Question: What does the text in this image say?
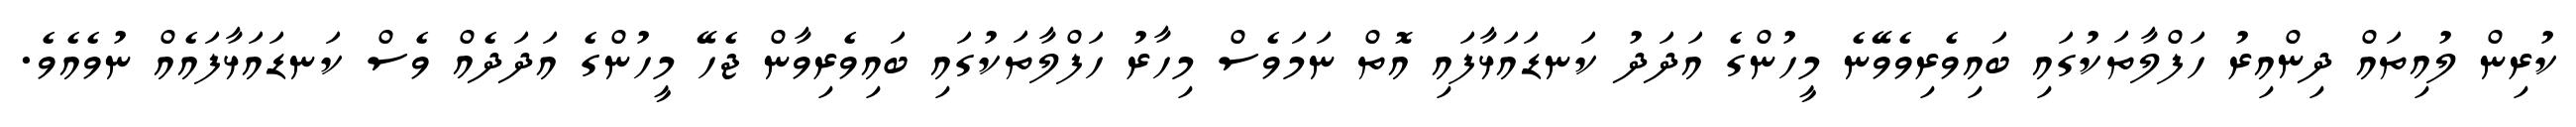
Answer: ކުރިން ލުއިތައް ދިންއިރު ހަފްލާތަކުގައި ބައިވެރިވެވޭނެ މީހުންގެ އަދަދު ކަނޑައަޅާފައި އޮތް ނަމަވެސް މިހާރު ހަފްލާތަކުގައި ބައިވެރިވާން ޖެހޭ މީހުންގެ އަދަދެއް ވެސް ކަނޑައަޅާފައެއް ނުވެއެވެ.